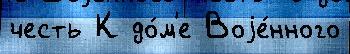
честь К до́м'е Воjе́нного